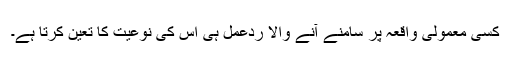
کسی معمولی واقعہ پر سامنے آنے والا ردعمل ہی اس کی نوعیت کا تعین کرتا ہے۔